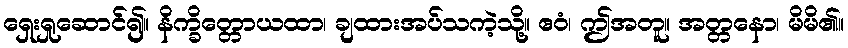
ရှေးရှုဆောင်၍။ နိက္ခိတ္တောယထာ၊ ချထားအပ်သကဲ့သို့။ ဧဝံ၊ ဤအတူ။ အတ္တနော၊ မိမိ၏။